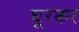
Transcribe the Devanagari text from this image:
घूरकर